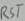
Text: RST